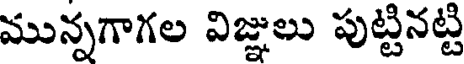
మున్నగాగల విజ్ఞులు పుట్టినట్టి